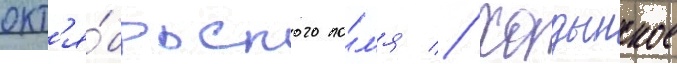
окт'я́брьского по́л'я // Ходынское